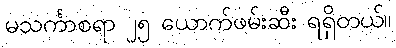
မသင်္ကာစရာ ၂၅ ယောက်ဖမ်းဆီး ရရှိတယ်။